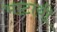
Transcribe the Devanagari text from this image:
भाटायी